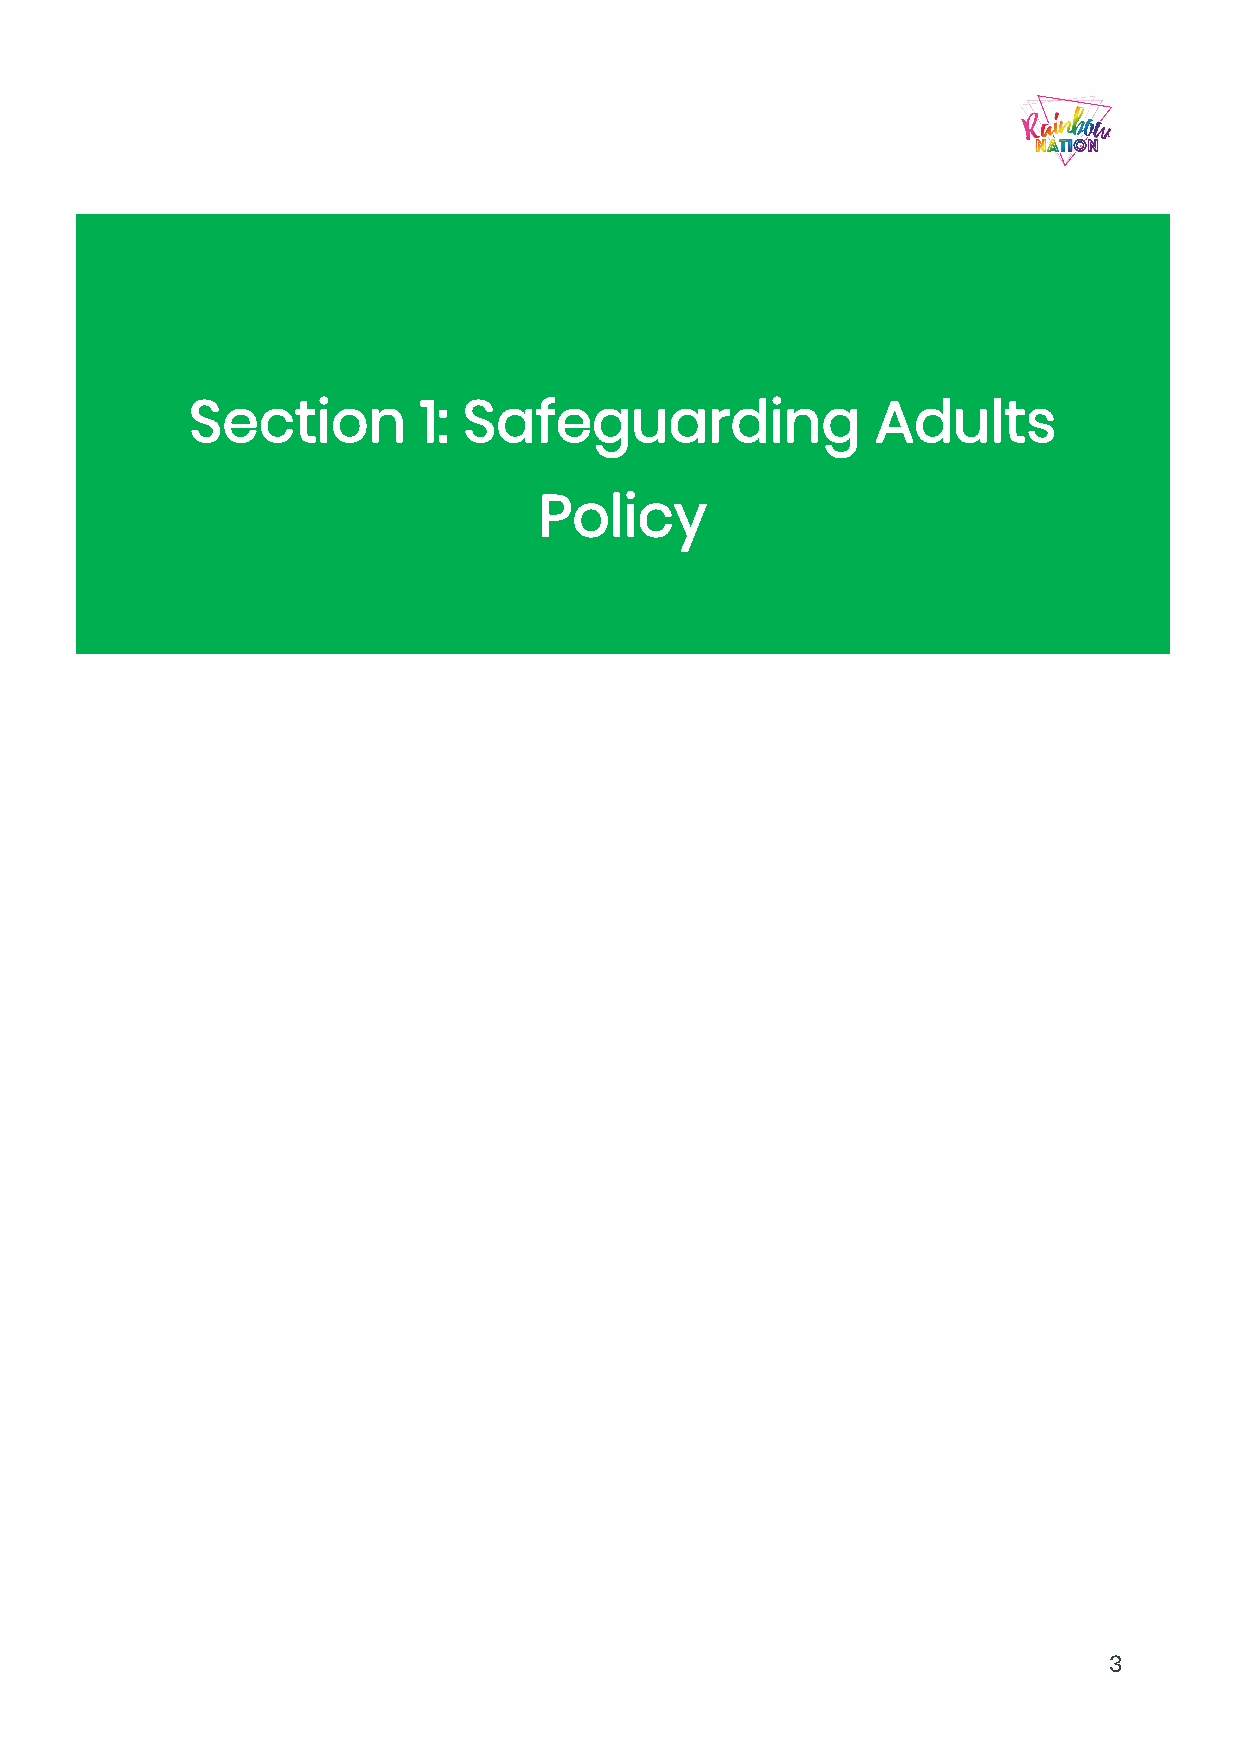
Section        1: Safeguarding               Adults
 Policy
 3